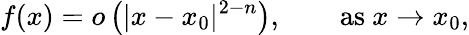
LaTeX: f(x)=o\left(\vert x-x_{0}\vert^{2-n}\right),\qquad{\mathrm{as~}}x\to x_{0},